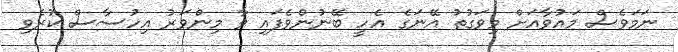
ނަމަވެސް މައުވާއަށް މިވަގުތު އޭނަގެ އެހީ ބޭނުންވެފައި ވާ މިންވަރު އިހުސާސް ކުރެވި